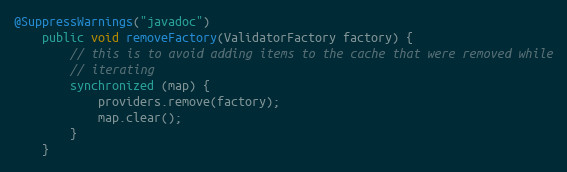
Language: Java
@SuppressWarnings("javadoc")
	public void removeFactory(ValidatorFactory factory) {
		// this is to avoid adding items to the cache that were removed while
		// iterating
		synchronized (map) {
			providers.remove(factory);
			map.clear();
		}
	}